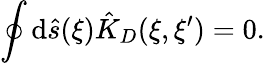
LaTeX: \oint{\mathrm{d}}\hat{{s}}(\xi){\hat{{K}}_{D}}(\xi,\xi^{\prime})=0.